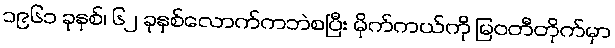
၁၉၆၁ ခုနှစ်၊ ၆၂ ခုနှစ်လောက်ကဘဲစပြီး မိုက်ကယ်ကို မြဝတီတိုက်မှာ